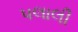
પલાલી